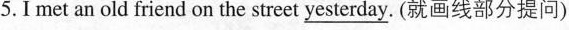
5.I met an old friend on the street \underline{yesterday}. (就画线部分提问)